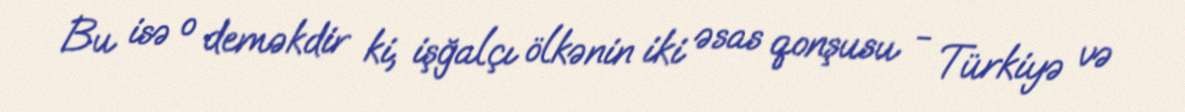
Bu isə o deməkdir ki, işğalçı ölkənin iki əsas qonşusu - Türkiyə və